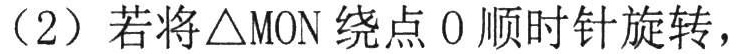
（2）若将\(\triangle MON\)绕点\(O\)顺时针旋转，